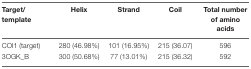
<table><thead><tr><td><b>Target/ template</b></td><td><b>Helix</b></td><td><b>Strand</b></td><td><b>Coil</b></td><td><b>Total number of amino acids</b></td></tr></thead><tbody><tr><td>COI1 (target)</td><td>280 (46.98%)</td><td>101 (16.95%)</td><td>215 (36.07)</td><td>596</td></tr><tr><td>3OGK_B</td><td>300 (50.68%)</td><td>77 (13.01%)</td><td>215 (36.32)</td><td>592</td></tr></tbody></table>